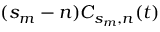
( s _ { m } - n ) C _ { s _ { m } , n } ( t )